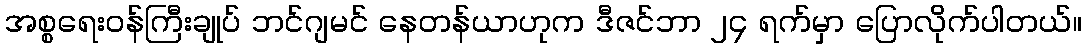
အစ္စရေးဝန်ကြီးချုပ် ဘင်ဂျမင် နေတန်ယာဟုက ဒီဇင်ဘာ ၂၄ ရက်မှာ ပြောလိုက်ပါတယ်။